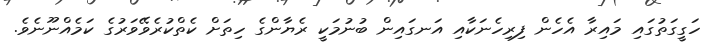
ހަގީގަތުގައި މައިރާ އެހެން ފިރިހެނަކާއި އަނގައިން ބުނުމަކީ ރެޔާންގެ ހިތަށް ކެތްކުރެވޭވަރުގެ ކަމެއްނޫނެވެ.